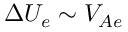
\Delta U _ { e } \sim V _ { A e }